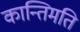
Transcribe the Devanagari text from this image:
कान्तिमति